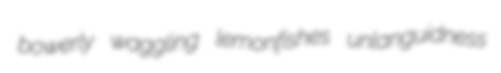
bowerly waggling lemonfishes unlanguidness